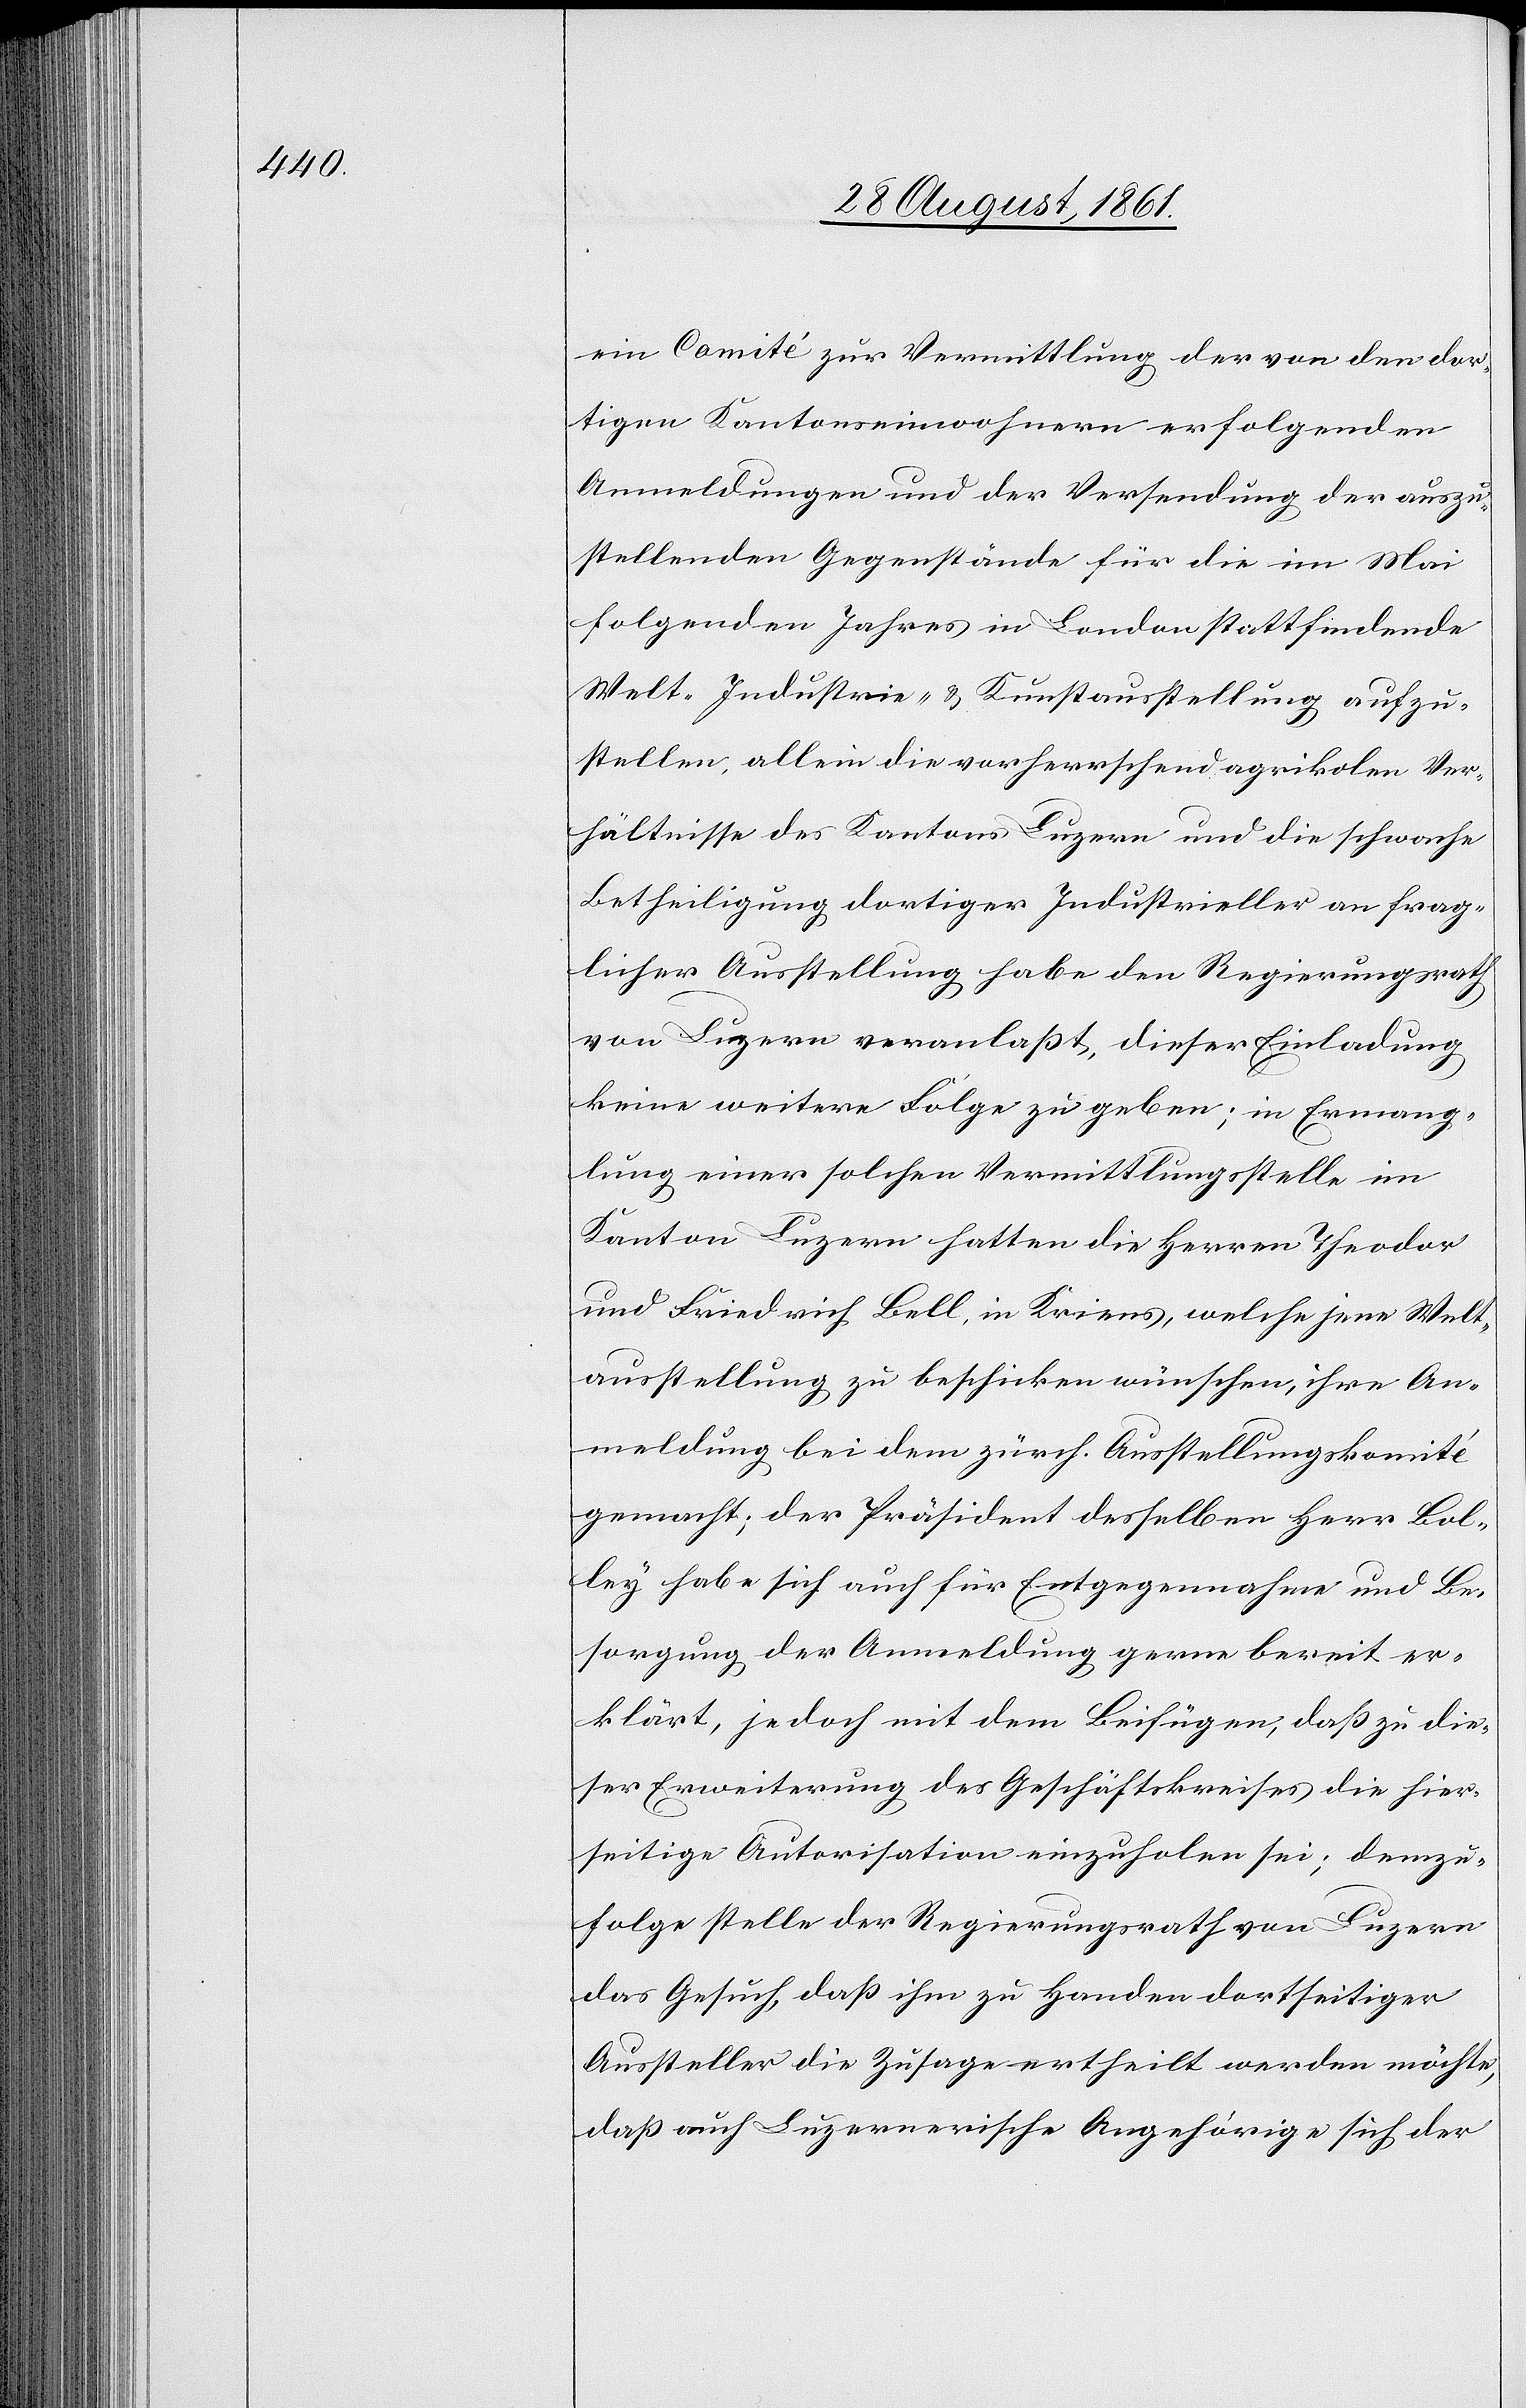
ein Comité zur Vermittlung der von den der¬
artigen Kantonseinwohnern erfolgenden
Anmeldungen und der Versendung der auszu¬
stellenden Gegenstände für die im Mai
folgenden Jahres in London stattfindende
Welt. Industrie- u. Kunstausstellung aufzu¬
stellen, allein die vorherrschenden agrikolen Ver¬
hältnisse des Kantons Luzern und die schwache
Betheiligung dortiger Industrieller an frag¬
licher Ausstellung habe den Regierungsrath
von Luzern veranlaßt, dieser Einladung
keine weitere Folge zu geben; in Ermang¬
lung einer solchen Vermittlungsstelle im
Kanton Luzern hatten die Herren Theodor
und Friedrich Bell, in Kriens, welche jene Welt¬
ausstellung zu beschicken wünschen, ihre An¬
meldung bei dem zürch. Ausstellungskomité
gemacht; der Präsident desselben Herr Bel¬
ley habe sich auch für Entgegennahme und Be¬
sorgung der Anmeldung gerne bereit er¬
klärt, jedoch mit dem Beifügen, daß zu die¬
ser Erweiterung des Geschäftskreises die hier¬
seitige Autorisation einzuholen sei; demzu¬
folge stelle der Regierungsrath von Luzern
das Gesuch, daß ihm zu Handen dortseitiger
Aussteller die Zusage ertheilt werden möchte,
daß auch Luzernernische Angehörige sich der